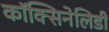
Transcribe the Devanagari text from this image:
कॉक्सिनेलिडी